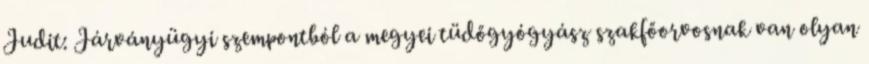
Judit: Járványügyi szempontból a megyei tüdőgyógyász szakfőorvosnak van olyan